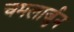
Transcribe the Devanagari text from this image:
चमलार्जुन